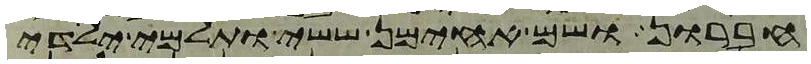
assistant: חברון ושם אחימן ששי ותלמי ילידי